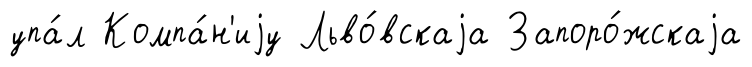
упа́л Компа́н'иjу Льво́вскаjа Запоро́жскаjа